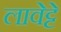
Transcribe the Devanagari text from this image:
लावेट्टे